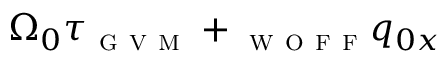
\Omega _ { 0 } \tau _ { \textsc { g v m } } + \l _ { \textsc { w o f f } } q _ { 0 x }